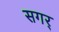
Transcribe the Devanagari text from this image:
सगर्